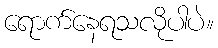
ရောက်နေရသလိုပါပဲ။